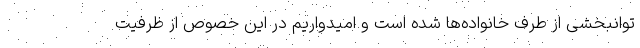
توانبخشی از طرف خانواده‌ها شده است و امیدواریم در این خصوص از ظرفیت